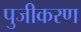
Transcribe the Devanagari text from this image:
पुजीकरण